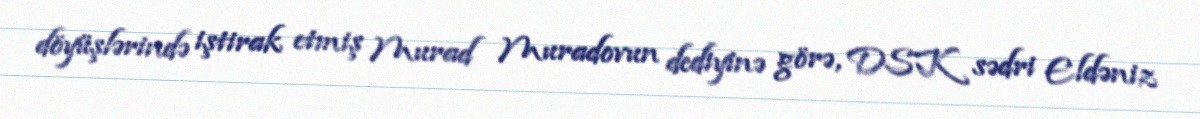
döyüşlərində iştirak etmiş Murad Muradovun dediyinə görə, DSK sədri Eldəniz